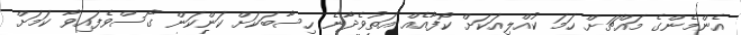
އެންމެންގެ މައްޗަށް ހަމަ ކުއްލިއަކަށް ކޯފާއެއް އަތުވެދާނެ ހިސާބަކަށް ކަންކަން ގޯސްވެފައިވާ ކަމަށް